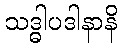
သဒ္ဓါပဒါနာနိ